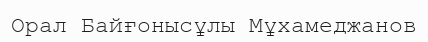
Орал Байғонысұлы Мұхамеджанов